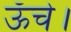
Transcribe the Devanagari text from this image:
ऊँचे।